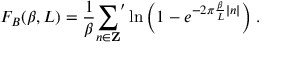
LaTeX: F _ { B } ( \beta , L ) = \frac { 1 } { \beta } { \sum _ { n \in { \bf Z } } } ^ { \prime } \ln { \left( 1 - e ^ { - 2 \pi \frac { \beta } { L } | n | } \right) } \; .